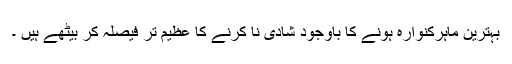
بہترین ماہرکنوارہ ہونے کا باوجود شادی نا کرنے کا عظیم تر فیصلہ کر بیٹھے ہیں ۔